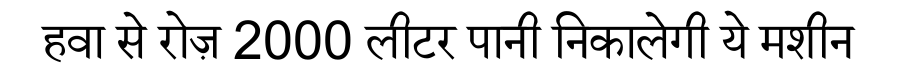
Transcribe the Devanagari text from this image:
हवा से रोज़ 2000 लीटर पानी निकालेगी ये मशीन